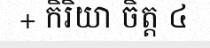
+ កិរិយា ចិត្ត ៤